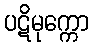
ပဋိမုက္ကော